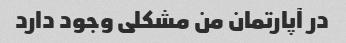
در آپارتمان من مشکلی وجود دارد